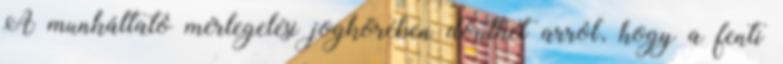
A munkáltató mérlegelési jogkörében dönthet arról, hogy a fenti